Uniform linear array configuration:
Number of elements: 24
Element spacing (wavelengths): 0.75
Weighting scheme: uniform
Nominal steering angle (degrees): -30
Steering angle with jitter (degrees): -30.761
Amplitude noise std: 0.05
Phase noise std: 0.05

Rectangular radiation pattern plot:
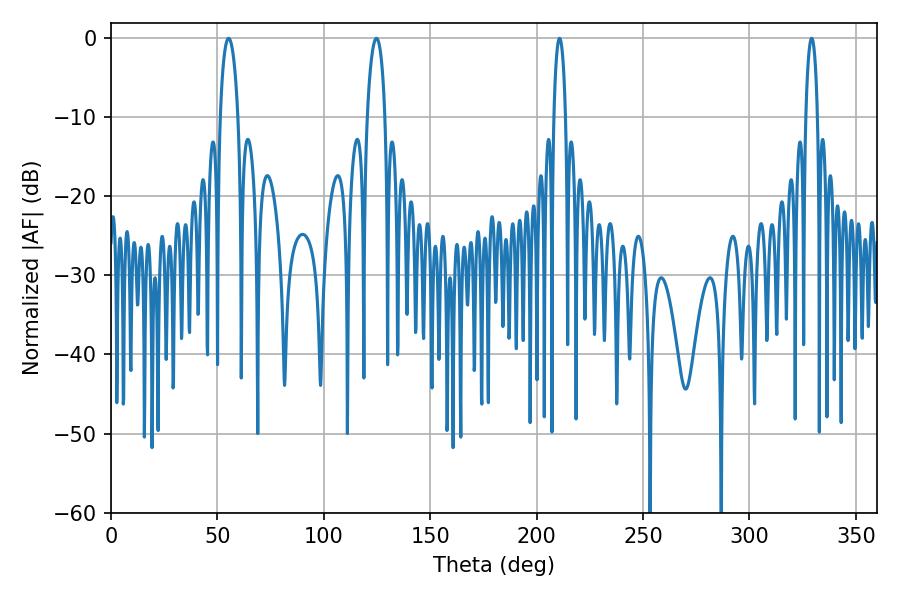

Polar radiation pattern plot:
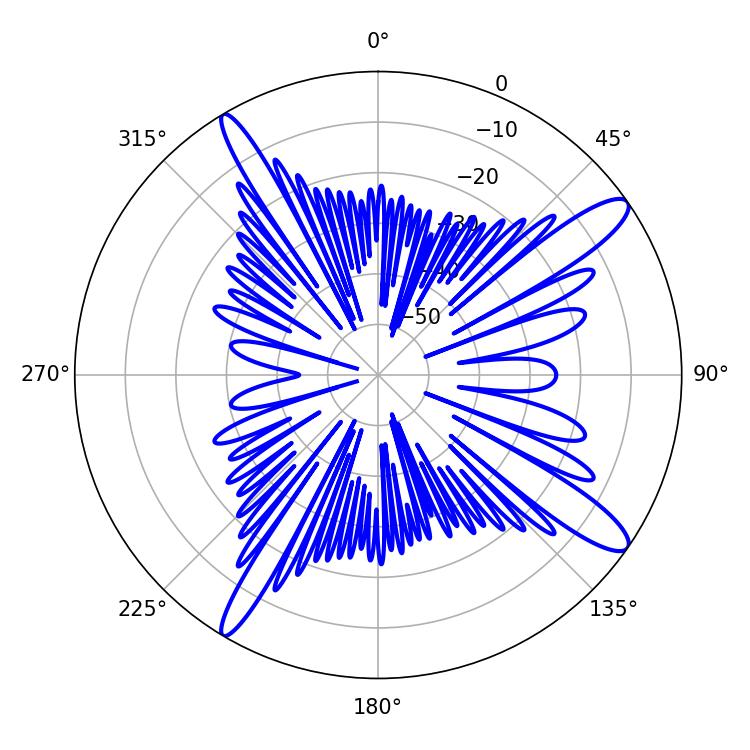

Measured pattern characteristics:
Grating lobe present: TRUE
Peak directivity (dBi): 13.31
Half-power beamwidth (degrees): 4.86
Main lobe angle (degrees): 55.26